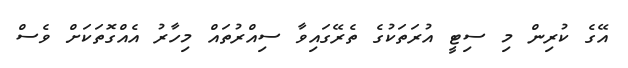
އޭގެ ކުރިން މި ސިޓީ އުރަތަކުގެ ތެރޭގައިވާ ސިއްރުތައް މިހާރު އެއްގޮތަކަށް ވެސް